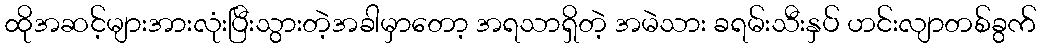
ထိုအဆင့်များအားလုံးပြီးသွားတဲ့အခါမှာတော့ အရသာရှိတဲ့ အမဲသား ခရမ်းသီးနှပ် ဟင်းလျာတစ်ခွက်